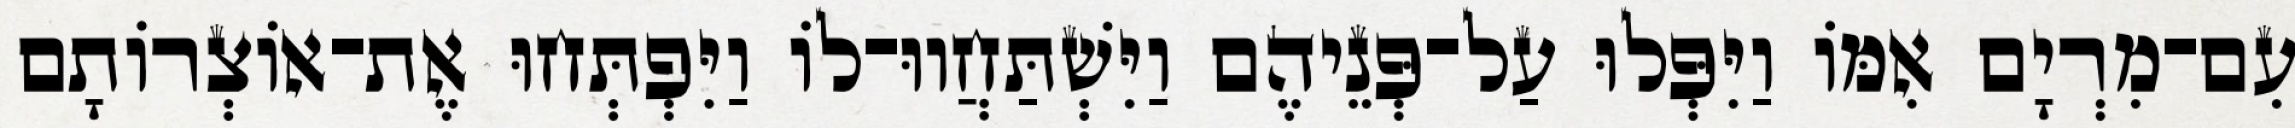
עִם־מִרְיָם אִמּוֹ וַיִּפְּלוּ עַל־פְּנֵיהֶם וַיִּשְׁתַּחֲווּ־לוֹ וַיִּפְתְּחוּ אֶת־אוֹצְרוֹתָם